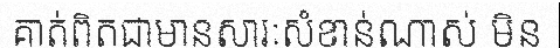
គាត់ពិតជាមានសារៈសំខាន់ណាស់ មិន